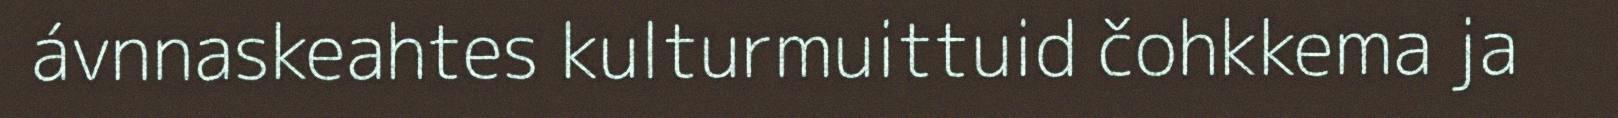
ávnnaskeahtes kulturmuittuid čohkkema ja